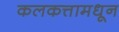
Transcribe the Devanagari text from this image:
कलकत्तामधून